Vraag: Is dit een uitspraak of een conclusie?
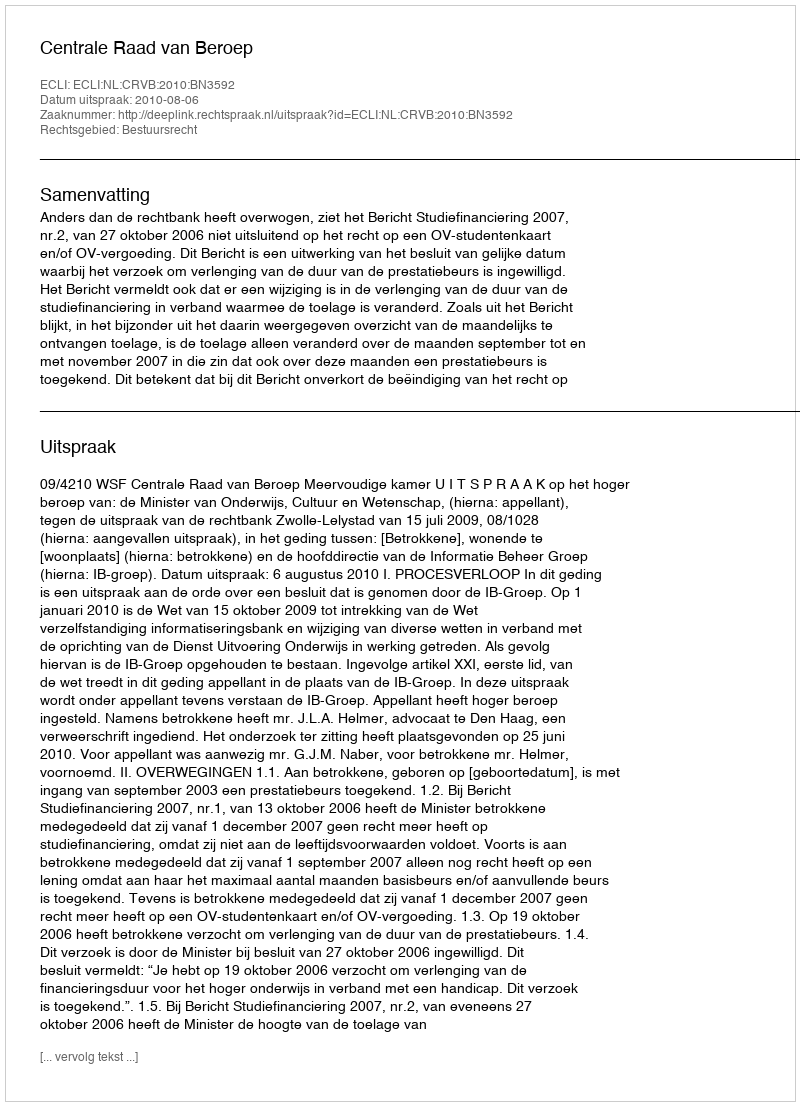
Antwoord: Uitspraak